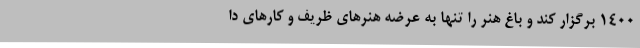
1400 برگزار کند و باغ هنر را تنها به عرضه هنرهای ظریف و کارهای دا